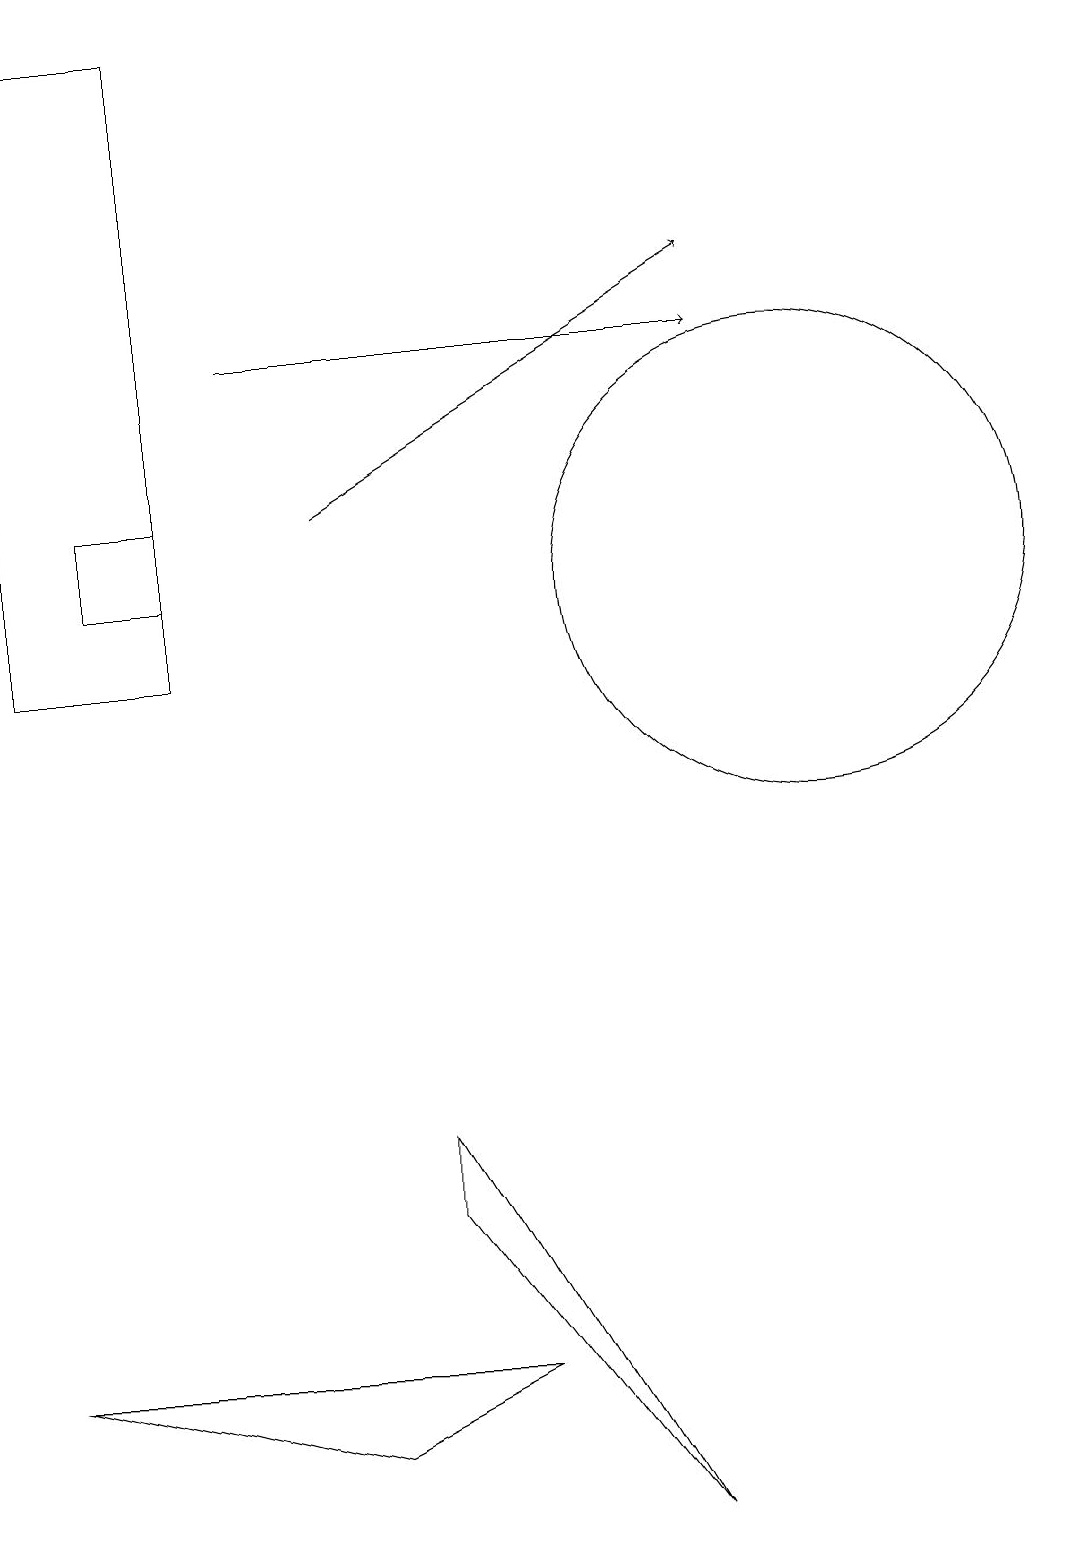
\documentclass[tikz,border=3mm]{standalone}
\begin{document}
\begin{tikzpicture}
\draw (0,19) rectangle (2,11);
\draw (10,12) circle (3);
\draw (5,4) -- (5,5) -- (8,0) -- cycle;
\draw[->] (4,13) -- (9,16);
\draw (1,12) rectangle (2,13);
\draw (6,2) -- (0,2) -- (4,1) -- cycle;
\draw[->] (3,15) -- (9,15);
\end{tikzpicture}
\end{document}